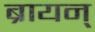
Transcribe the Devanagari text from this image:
ब्रायन्